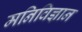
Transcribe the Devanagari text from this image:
मनिविज्ञान